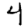
Digit: 4